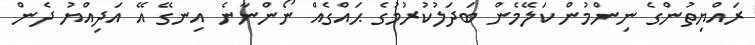
ރައްޔިތުންގެ ނިންމުން ކަލޭމެން ބަދަލުކުރުމުގެ ޙައްގެއް ނޯންނާނެ އިނގޭ އޭ އަދިއްޔު ދެން